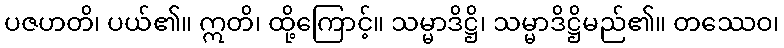
ပဇဟတိ၊ ပယ်၏။ ဣတိ၊ ထို့ကြောင့်။ သမ္မာဒိဋ္ဌိ၊ သမ္မာဒိဋ္ဌိမည်၏။ တဿေဝ၊